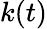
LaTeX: k(t)